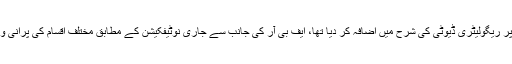
اس سے قبل جون میں بھی ایف بی آر نے پرتعیش اشیاء میں شامل 441اشیاء پر ریگولیٹری ڈیوٹی کی شرح میں اضافہ کر دیا تھا، ایف بی آر کی جانب سے جاری نوٹیفکیشن کے مطابق مختلف اقسام کی پرانی و نئی درآمدی گاڑیوں پر ریگولیٹری ڈیوٹی 50 اور 60 فیصد کر دی گئی ہے۔